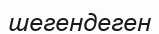
шегендеген